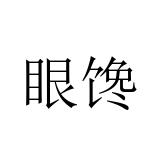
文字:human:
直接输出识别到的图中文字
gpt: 眼馋